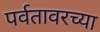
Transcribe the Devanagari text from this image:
पर्वतावरच्या